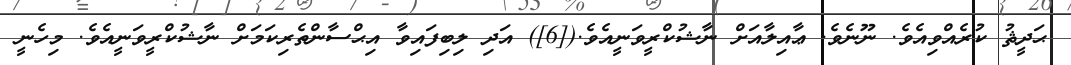
ޙަދީޘު ކުރެއްވިއެވެ. ނޫނެވެ. ޢާއިލާއަށް ނާޝުކްރީވަނީއެވެ.([6]) އަދި ލިބިފައިވާ އިޙްސާންތެރިކަމަށް ނާޝުކްރީވަނީއެވެ. މިހެނީ